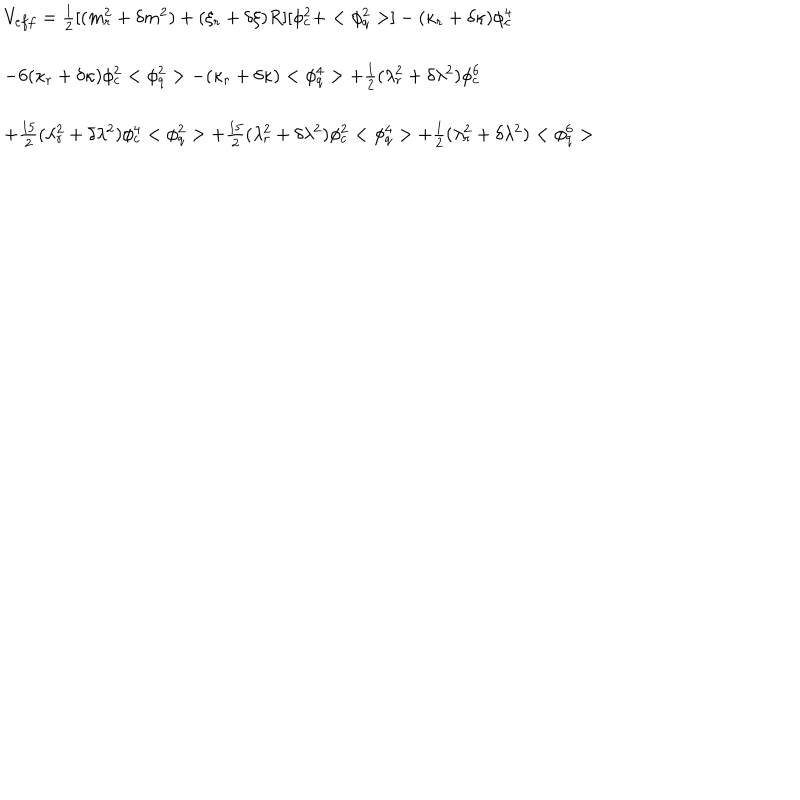
LaTeX: \begin{array} { l } { { V _ { e f f } = \frac 1 2 [ ( m _ { r } ^ { 2 } + \delta m ^ { 2 } ) + ( \xi _ { r } + \delta \xi ) R ] [ \phi _ { c } ^ { 2 } + < \phi _ { q } ^ { 2 } > ] - ( \kappa _ { r } + \delta \kappa ) \phi _ { c } ^ { 4 } } } \\ { { \hspace { 1 . 2 c m } - 6 ( \kappa _ { r } + \delta \kappa ) \phi _ { c } ^ { 2 } < \phi _ { q } ^ { 2 } > - ( \kappa _ { r } + \delta \kappa ) < \phi _ { q } ^ { 4 } > + \frac 1 2 ( \lambda _ { r } ^ { 2 } + \delta \lambda ^ { 2 } ) \phi _ { c } ^ { 6 } } } \\ { { \hspace { 1 . 2 c m } + \frac { 1 5 } 2 ( \lambda _ { r } ^ { 2 } + \delta \lambda ^ { 2 } ) \phi _ { c } ^ { 4 } < \phi _ { q } ^ { 2 } > + \frac { 1 5 } 2 ( \lambda _ { r } ^ { 2 } + \delta \lambda ^ { 2 } ) \phi _ { c } ^ { 2 } < \phi _ { q } ^ { 4 } > + \frac 1 2 ( \lambda _ { r } ^ { 2 } + \delta \lambda ^ { 2 } ) < \phi _ { q } ^ { 6 } > } } \\ \end{array}